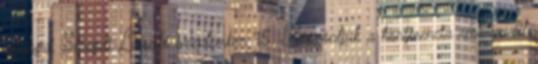
anyagai Seregdi László szeptember 15. Köszöntjük a konferencia résztvevőit